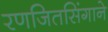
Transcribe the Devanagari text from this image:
रणजितसिंगाने